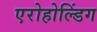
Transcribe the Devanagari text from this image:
एरोहोल्डिंग